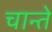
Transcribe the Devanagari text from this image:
चान्ते